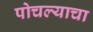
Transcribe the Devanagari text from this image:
पोचल्याचा